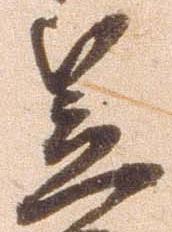
笠